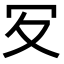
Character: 𠕸